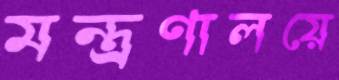
মন্ত্র্রণালয়ে